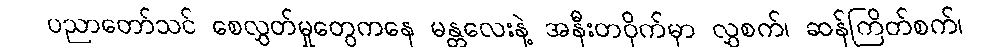
ပညာတော်သင် စေလွှတ်မှုတွေကနေ မန္တလေးနဲ့ အနီးတဝိုက်မှာ လွှစက်၊ ဆန်ကြိတ်စက်၊